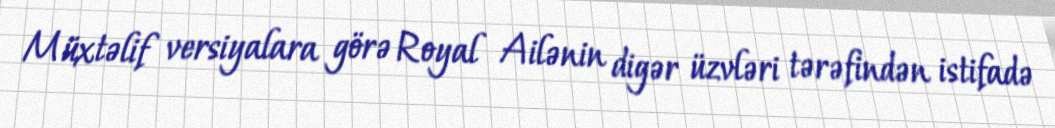
Müxtəlif versiyalara görə Royal Ailənin digər üzvləri tərəfindən istifadə